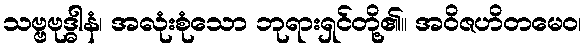
သဗ္ဗဗုဒ္ဓါနံ၊ အလုံးစုံသော ဘုရားရှင်တို့၏။ အဝိဇဟိတမေဝ၊